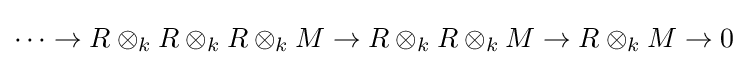
\cdots \rightarrow R\otimes _{k}R\otimes _{k}R\otimes _{k}M\rightarrow R\otimes _{k}R\otimes _{k}M\rightarrow R\otimes _{k}M\rightarrow 0